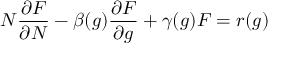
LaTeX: N { \frac { \partial F } { \partial N } } - \beta ( g ) { \frac { \partial F } { \partial g } } + \gamma ( g ) F = r ( g )